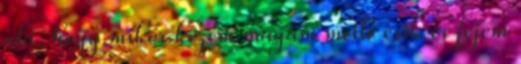
alá, hogy mikor kezem magam mellé esik és fejem